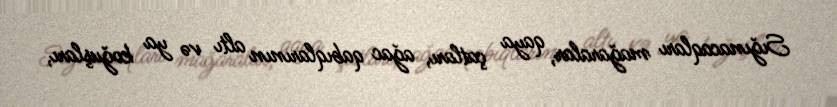
Sığınacaqları mağaralar, qaya çatları, ağac qabıqlarının altı və ya koğuşları,